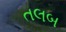
તલબ